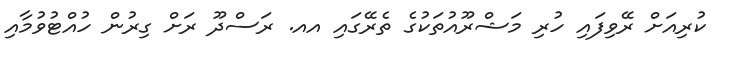
ކުރިއަށް ރޭވިފައި ހުރި މަޝްރޫއުތަކުގެ ތެރޭގައި އއ. ރަސްދޫ ރަށް ގިރުން ހުއްޓުވުމާއި